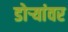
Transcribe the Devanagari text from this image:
डोर्‍यांवर